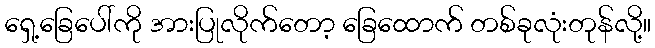
ရှေ့ခြေပေါ်ကို အားပြုလိုက်တော့ ခြေထောက် တစ်ခုလုံးတုန်လို့။